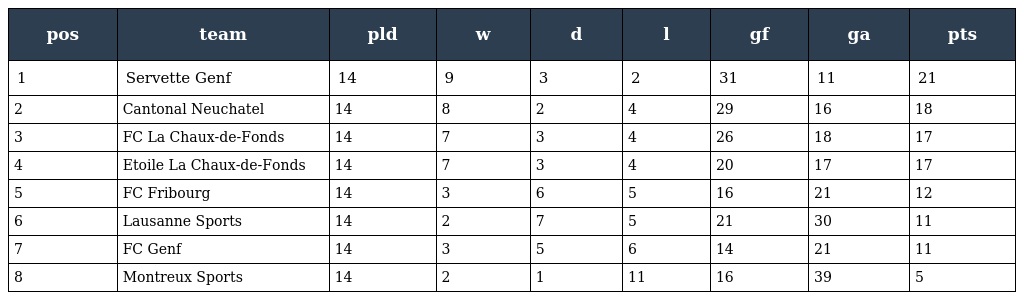
| pos | team | pld | w | d | l | gf | ga | pts |
 | --- | --- | --- | --- | --- | --- | --- | --- | --- |
 | 1 | Servette Genf | 14 | 9 | 3 | 2 | 31 | 11 | 21 |
 | 2 | Cantonal Neuchatel | 14 | 8 | 2 | 4 | 29 | 16 | 18 |
 | 3 | FC La Chaux-de-Fonds | 14 | 7 | 3 | 4 | 26 | 18 | 17 |
 | 4 | Etoile La Chaux-de-Fonds | 14 | 7 | 3 | 4 | 20 | 17 | 17 |
 | 5 | FC Fribourg | 14 | 3 | 6 | 5 | 16 | 21 | 12 |
 | 6 | Lausanne Sports | 14 | 2 | 7 | 5 | 21 | 30 | 11 |
 | 7 | FC Genf | 14 | 3 | 5 | 6 | 14 | 21 | 11 |
 | 8 | Montreux Sports | 14 | 2 | 1 | 11 | 16 | 39 | 5 |